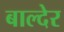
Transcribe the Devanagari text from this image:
बाल्देर